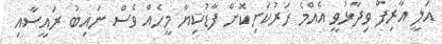
އަލީ އާރިފް ވިދާޅުވީ އެއްމެ ހަރުކަށިކޮށް ފާޑުކިޔާ މީހެއް ވެސް ނައިބު ރައީސާއި